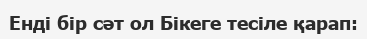
Енді бір сәт ол Бікеге тесіле қарап: